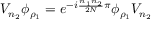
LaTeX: V _ { n _ { 2 } } \phi _ { \rho _ { 1 } } = e ^ { - i \frac { n _ { 1 } n _ { 2 } } { 2 N } \pi } \phi _ { \rho _ { 1 } } V _ { n _ { 2 } }